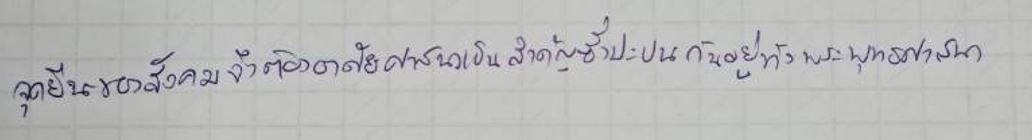
จุดยืนของสังคมจึงต้องอาศัยศาสนาเป็นสำคัญซึ่งปะปนกันอยู่ทั้งพระพุทธศาสนา